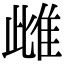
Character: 雌